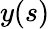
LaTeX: y(s)